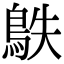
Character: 䳀